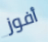
أفوز